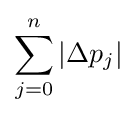
\sum _{j=0}^{n}|\Delta p_{j}|